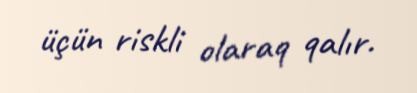
üçün riskli olaraq qalır.